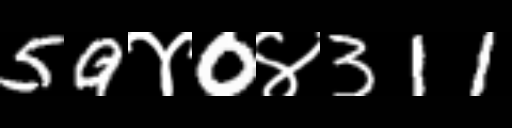
Text: 59४0४311